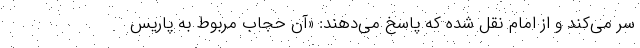
سر می‌کند و از امام نقل شده که پاسخ می‌دهند: «آن حجاب مربوط به پاریس